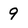
Character: 9